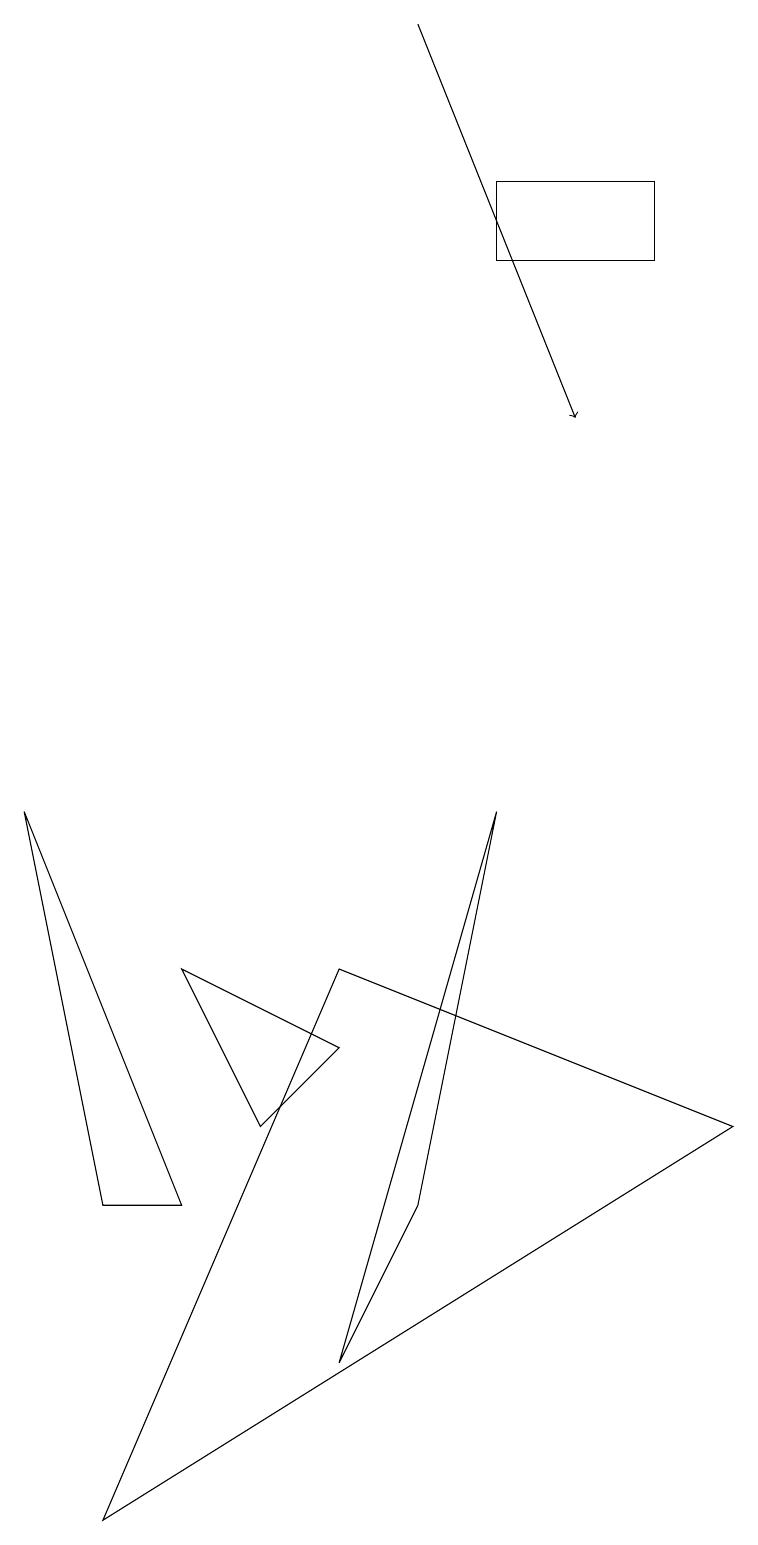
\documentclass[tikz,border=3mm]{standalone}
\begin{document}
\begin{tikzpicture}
\draw (1,0) -- (4,7) -- (9,5) -- cycle;
\draw[->] (5,19) -- (7,14);
\draw (6,9) -- (5,4) -- (4,2) -- cycle;
\draw (4,6) -- (3,5) -- (2,7) -- cycle;
\draw (0,9) -- (2,4) -- (1,4) -- cycle;
\draw (6,17) rectangle (8,16);
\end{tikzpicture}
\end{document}